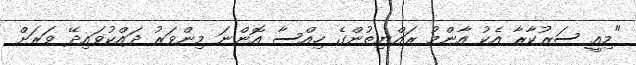
"މިއީ ސަރުކާރާ އެކު އާންމު ރައްޔިތުންގެ ހިއްސާ އޮންނަ މިންވަރު ދައްކުވައިދޭ ވަރަށް